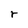
Character: r